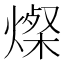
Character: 𬋁